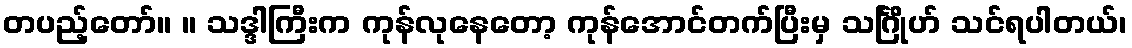
တပည့်တော်။ ။ သဒ္ဒါကြီးက ကုန်လုနေတော့ ကုန်အောင်တက်ပြီးမှ သင်္ဂြိုဟ် သင်ရပါတယ်၊